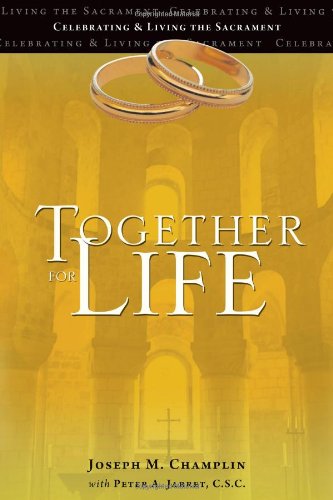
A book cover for Together for Life; Joseph M. Champlin; Christian Books & Bibles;